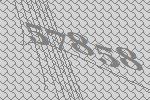
57858